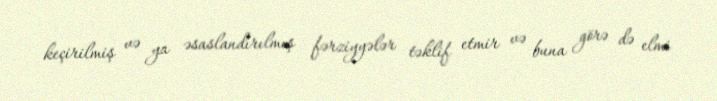
keçirilmiş və ya əsaslandırılmış fərziyyələr təklif etmir və buna görə də elmi